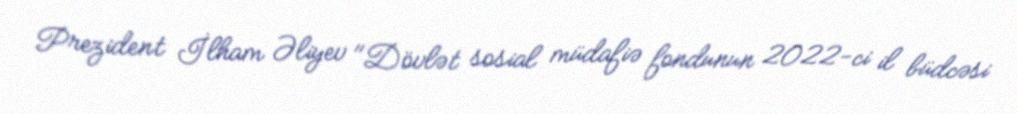
Prezident İlham Əliyev "Dövlət sosial müdafiə fondunun 2022-ci il büdcəsi